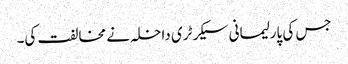
جس کی پارلیمانی سیکرٹری داخلہ نے مخالفت کی۔